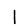
Digit: 1